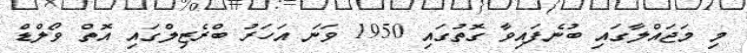
މި މަޖައްލާގައި ބުނެފައިވާ ގޮތުގައި 1950 ވަނަ އަހަރު ބްރެޒިލްގައި އޮތް ވޯލްޑް